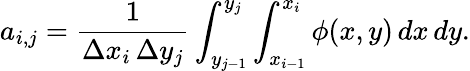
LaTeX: a_{i,j}=\frac{1}{\Delta x_{i}\, \Delta y_{j}}\int_{y_{j-1}}^{y_{j}}\int_{x_{i-1}}^{x_{i}}\phi(x,y)\, dx\, dy.